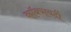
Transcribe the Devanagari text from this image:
कॉक्सवर्दी